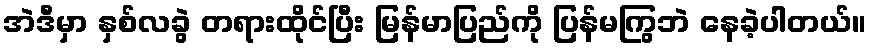
အဲဒီမှာ နှစ်လခွဲ တရားထိုင်ပြီး မြန်မာပြည်ကို ပြန်မကြွဘဲ နေခဲ့ပါတယ်။